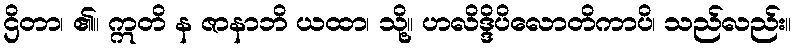
ဌိတာ၊ ၏။ ဣတိ န ဇာနာဘိ ယထာ၊ သို့။ ဟလိဒ္ဒိပိလောတိကာပိ၊ သည်လည်း။